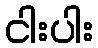
ငါးပါး